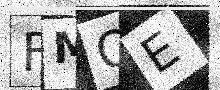
Text: FMQE